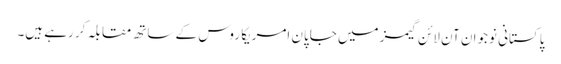
پاکستانی نوجوان آن لائن گیمز میں جاپان امریکا روس کے ساتھ مقابلہ کر رہے ہیں۔